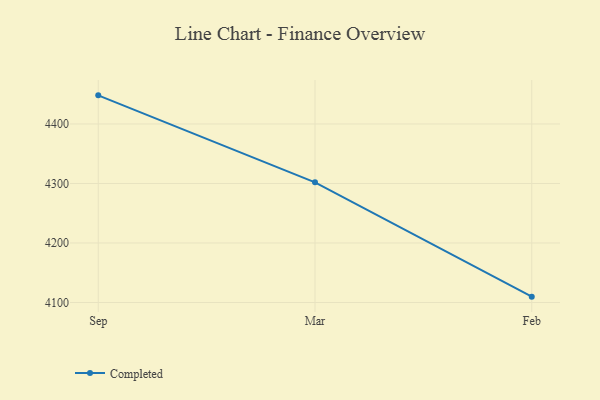
{"axis": {"x": "Month", "y": "Budget (USD K)"}, "legend": ["Completed"], "data": [{"x": "Sep", "y": 4448.1, "type": "Completed"}, {"x": "Mar", "y": 4301.9, "type": "Completed"}, {"x": "Feb", "y": 4109.8, "type": "Completed"}]}